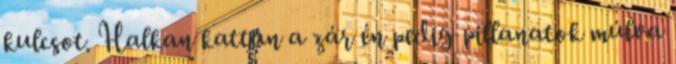
kulcsot. Halkan kattan a zár én pedig pillanatok múlva